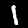
Digit: 1